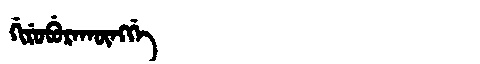
Manchu: ᡤᡳᡵᡠᠪᡠᡵᠠᡴᡡᠩᡤᡝ
Romanization: GIRUBURAKŪNGGE